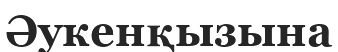
Әукенқызына